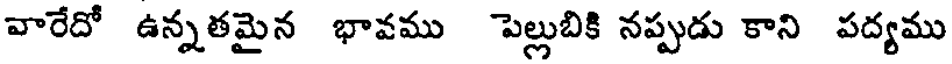
వారేదో ఉన్నతమైన భావము పెల్లుబికి నప్పుడు కాని పద్యము